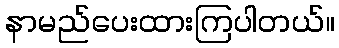
နာမည်ပေးထားကြပါတယ်။